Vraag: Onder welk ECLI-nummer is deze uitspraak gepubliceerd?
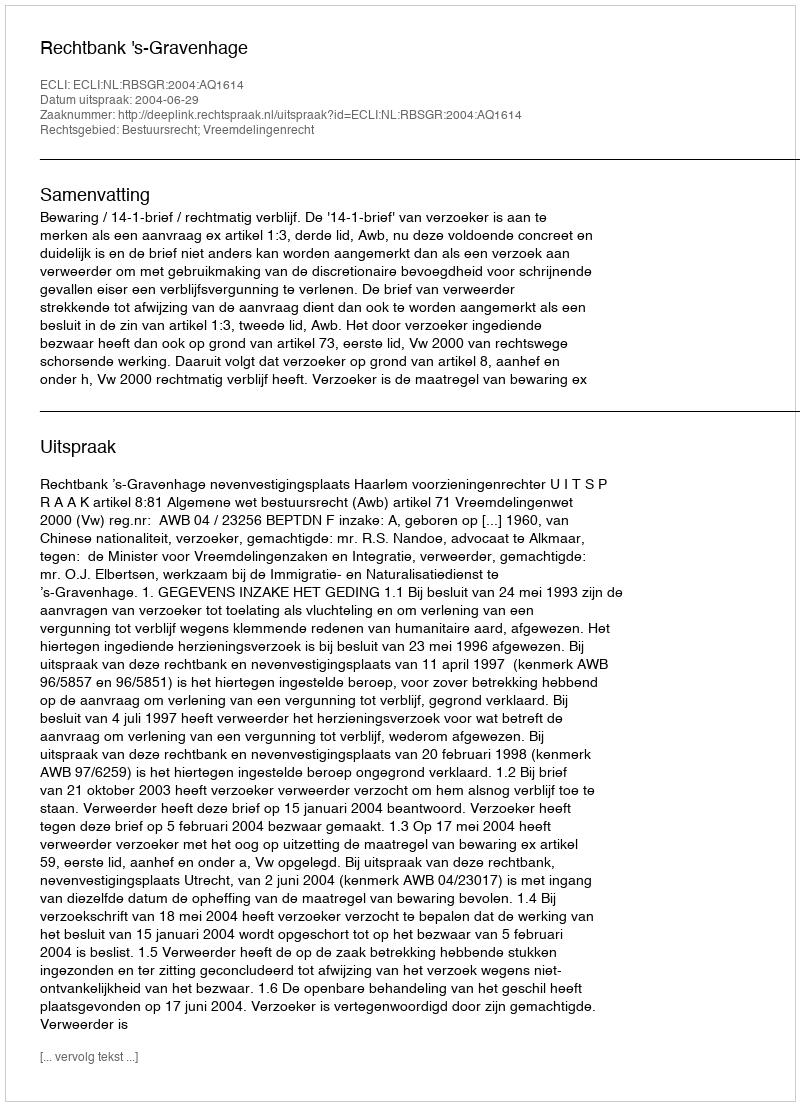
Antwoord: ECLI:NL:RBSGR:2004:AQ1614